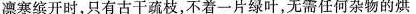
凛寒缤开时，只有古干疏枝，不着一片绿叶，无需任何杂物的烘